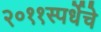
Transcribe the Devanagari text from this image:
२०११स्पर्धेचे